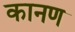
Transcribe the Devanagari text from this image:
कानण